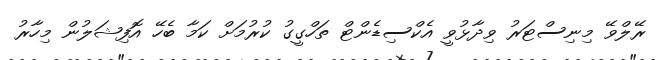
ރޭލްވޭ މިނިސްޓަރު ވިދާޅުވީ އެކްސިޑެންޓް ތަހްގީގު ކުރުމަށް ކަމާ ބެހޭ އޮފިޝަލުން މިހާރު